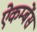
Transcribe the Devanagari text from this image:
ऐकम्बेंस